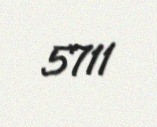
5711